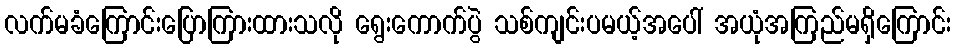
လက်မခံကြောင်းပြောကြားထားသလို ရွေးကောက်ပွဲ သစ်ကျင်းပမယ့်အပေါ် အယုံအကြည်မရှိကြောင်း